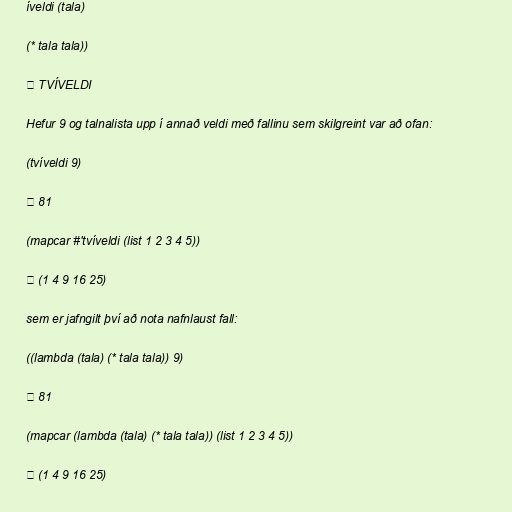
íveldi (tala)

(* tala tala))

⇒ TVÍVELDI

Hefur 9 og talnalista upp í annað veldi með fallinu sem skilgreint var að ofan:

(tvíveldi 9)

⇒ 81

(mapcar #'tvíveldi (list 1 2 3 4 5))

⇒ (1 4 9 16 25)

sem er jafngilt því að nota nafnlaust fall:

((lambda (tala) (* tala tala)) 9)

⇒ 81

(mapcar (lambda (tala) (* tala tala)) (list 1 2 3 4 5))

⇒ (1 4 9 16 25)